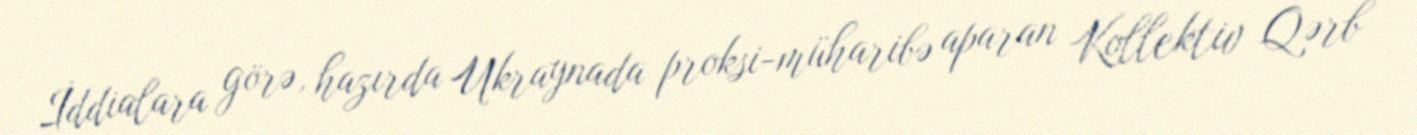
İddialara görə, hazırda Ukraynada proksi-müharibə aparan Kollektiv Qərb